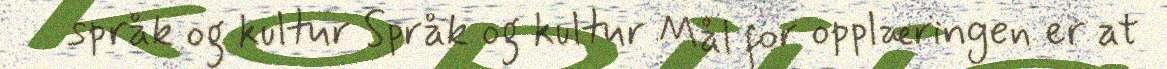
språk og kultur Språk og kultur Mål for opplæringen er at